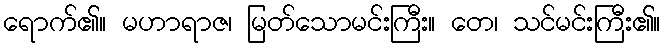
ရောက်၏။ မဟာရာဇ၊ မြတ်သောမင်းကြီး။ တေ၊ သင်မင်းကြီး၏။